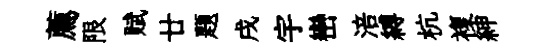
薦限赋廿題戌宇巒涪縛杭複紳